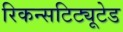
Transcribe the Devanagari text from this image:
रिकन्सटिट्यूटेड